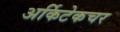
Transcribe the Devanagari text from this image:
अर्किटेकचर